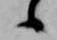
候